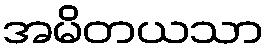
အမိတယသာ